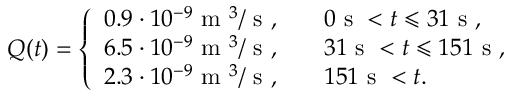
Q ( t ) = \left\{ \begin{array} { l l } { 0 . 9 \cdot 1 0 ^ { - 9 } \mathrm { ~ m ~ } ^ { 3 } / \mathrm { ~ s ~ } , \quad } & { 0 \mathrm { ~ s ~ } < t \leqslant 3 1 \mathrm { ~ s ~ } , } \\ { 6 . 5 \cdot 1 0 ^ { - 9 } \mathrm { ~ m ~ } ^ { 3 } / \mathrm { ~ s ~ } , \quad } & { 3 1 \mathrm { ~ s ~ } < t \leqslant 1 5 1 \mathrm { ~ s ~ } , } \\ { 2 . 3 \cdot 1 0 ^ { - 9 } \mathrm { ~ m ~ } ^ { 3 } / \mathrm { ~ s ~ } , \quad } & { 1 5 1 \mathrm { ~ s ~ } < t . } \end{array} \right.